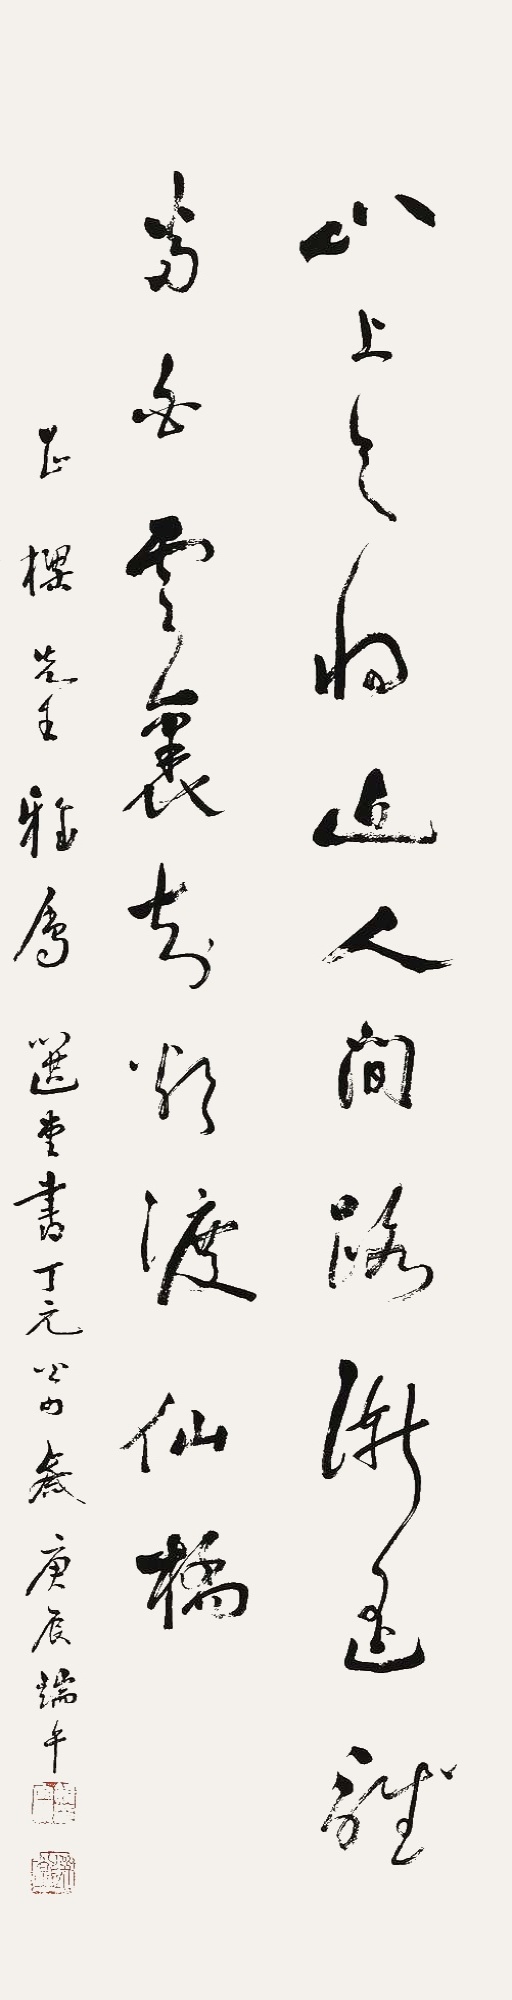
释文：山上天将近，人间路渐遥，谁当白云里，知欲渡仙桥。正梁先生雅属。选堂书丁元公句岁庚辰端午。